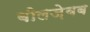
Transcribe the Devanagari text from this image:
बीलज़ेबब